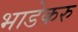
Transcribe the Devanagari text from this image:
भाडेकरु